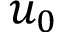
u _ { 0 }